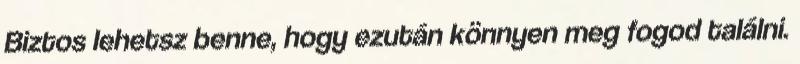
Biztos lehetsz benne, hogy ezután könnyen meg fogod találni.